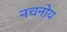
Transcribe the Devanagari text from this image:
नचनोय